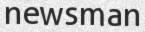
newsman